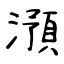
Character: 澦